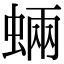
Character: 蜽